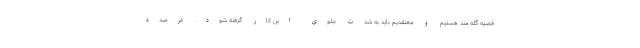
قضیه گله مند هستیم و معتقدیم باید به شدت جلوی این کار گرفته شود. درصدد